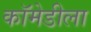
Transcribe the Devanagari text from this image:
कॉमेडीला